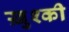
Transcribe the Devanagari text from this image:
ख़ुश्की